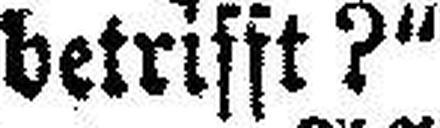
betrifft?“